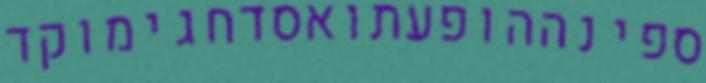
ספינההופעתואסדחגימוקד